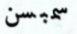
سمبسن